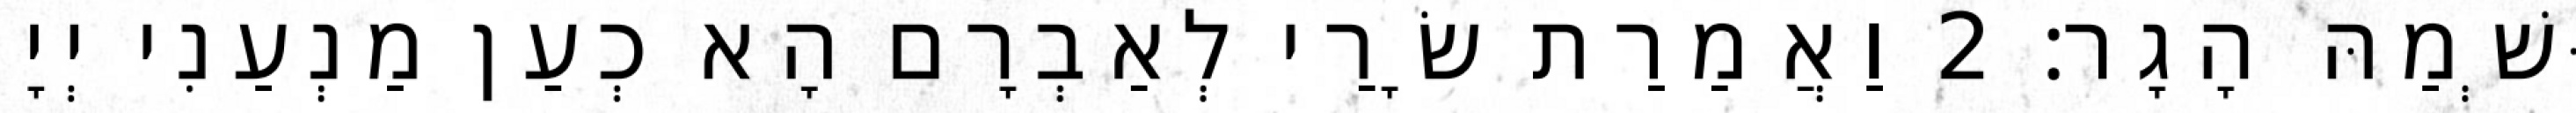
וּשְׁמַהּ הָגָר׃ 2 וַאֲמַרַת שָׂרַי לְאַבְרָם הָא כְעַן מַנְעַנִי יְיָ